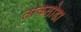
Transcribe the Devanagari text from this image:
ताकतोडा